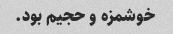
خوشمزه و حجیم بود.